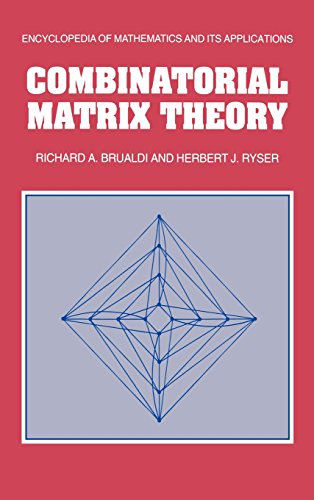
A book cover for Combinatorial Matrix Theory (Encyclopedia of Mathematics and its Applications); Richard A. Brualdi; Science & Math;